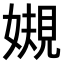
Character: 𫱟